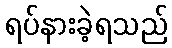
ရပ်နားခဲ့ရသည်